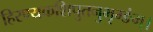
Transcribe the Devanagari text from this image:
हिरण्यकशिपुतनुभृग्ङंम्।